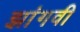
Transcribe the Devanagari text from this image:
झांगवी